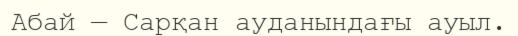
Абай — Сарқан ауданындағы ауыл.